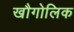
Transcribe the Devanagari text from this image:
खौगोलिक